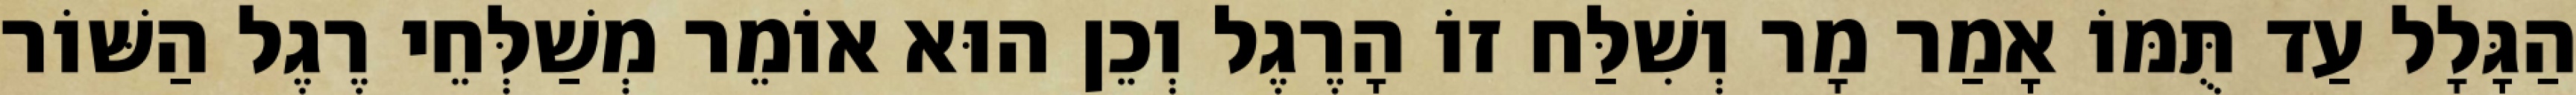
הַגָּלָל עַד תֻּמּוֹ אָמַר מָר וְשִׁלַּח זוֹ הָרֶגֶל וְכֵן הוּא אוֹמֵר מְשַׁלְּחֵי רֶגֶל הַשּׁוֹר